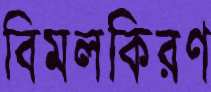
বিমলকিরণ